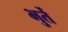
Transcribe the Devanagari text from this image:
भुर्ते